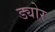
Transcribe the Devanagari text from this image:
ड्योर